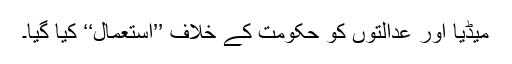
میڈیا اور عدالتوں کو حکومت کے خلاف ’’استعمال‘‘ کیا گیا۔